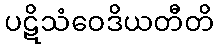
ပဋိသံဝေဒိယတီတိ